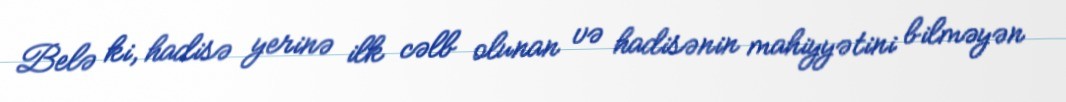
Belə ki, hadisə yerinə ilk cəlb olunan və hadisənin mahiyyətini bilməyən